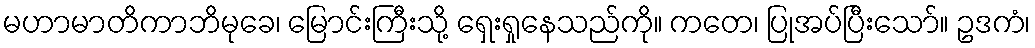
မဟာမာတိကာဘိမုခေ၊ မြောင်းကြီးသို့ ရှေးရှုနေသည်ကို။ ကတေ၊ ပြုအပ်ပြီးသော်။ ဥဒကံ၊